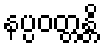
နပ္ပဝတ္တန္တိ